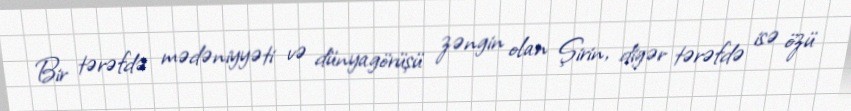
Bir tərəfdə mədəniyyəti və dünyagörüşü zəngin olan Şirin, digər tərəfdə isə özü